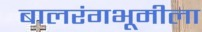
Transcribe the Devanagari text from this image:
बालरंगभूमीला